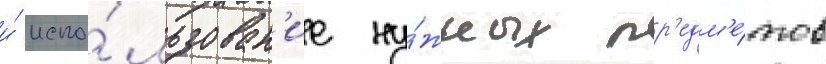
и́ испо́льзован'ие ну́жных пр'едм'е́тов